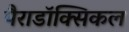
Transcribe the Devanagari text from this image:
पैराडॉक्सिकल